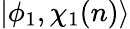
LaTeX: |\phi_{1},\chi_{1}(n)\rangle